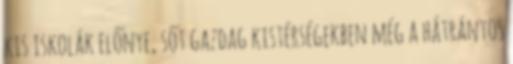
kis iskolák előnye, sőt gazdag kistérségekben még a hátrányos